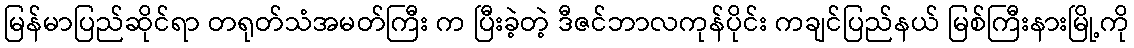
မြန်မာပြည်ဆိုင်ရာ တရုတ်သံအမတ်ကြီး က ပြီးခဲ့တဲ့ ဒီဇင်ဘာလကုန်ပိုင်း ကချင်ပြည်နယ် မြစ်ကြီးနားမြို့ကို